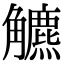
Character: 𧥍